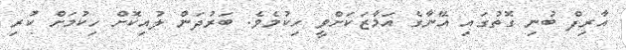
އާރިފް ބުނި ގޮތުގައި އޭނާގެ އަމާޒަކަށްވީ ހިކުމެވެ. ބަރުދަން ލުއިކޮށް ހިކުމަށް ކުރި